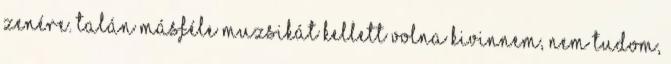
zenére. Talán másféle muzsikát kellett volna kivinnem, nem tudom,